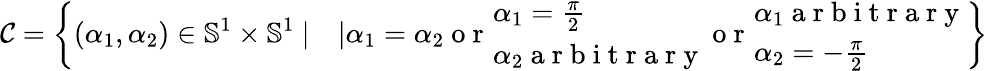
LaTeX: \mathcal{C}=\left\{ (\alpha_{1},\alpha_{2})\in\mathbb{S}^{1}\times\mathbb{S}^{1}\ |\quad|\alpha_{1}=\alpha_{2}\mathrm{~o~r~}\ \begin{array}{l}{\! \alpha_{1}=\frac{\pi}{2}}\\ {\! \alpha_{2}\mathrm{~a~r~b~i~t~r~a~r~y~}}\end{array}\mathrm{~o~r~}\ \begin{array}{l}{\! \alpha_{1}\mathrm{~a~r~b~i~t~r~a~r~y~}}\\ {\! \alpha_{2}=-\frac{\pi}{2}}\end{array}\right\}